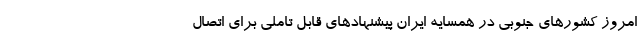
امروز کشورهای جنوبی در همسایه ایران پیشنهادهای قابل تاملی برای اتصال